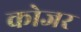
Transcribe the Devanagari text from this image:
कोजर